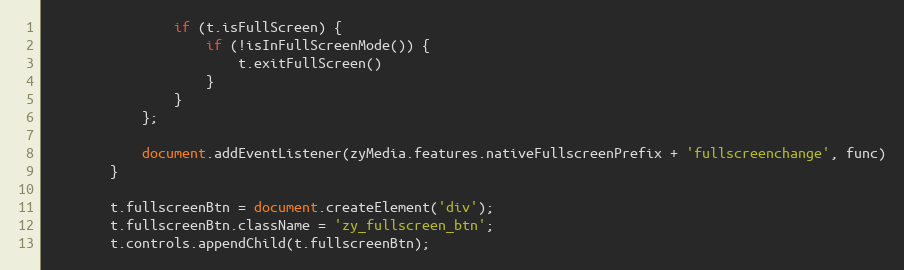
Language: JavaScript
				if (t.isFullScreen) {
					if (!isInFullScreenMode()) {
						t.exitFullScreen()
					}
				}
			};

			document.addEventListener(zyMedia.features.nativeFullscreenPrefix + 'fullscreenchange', func)
		}

		t.fullscreenBtn = document.createElement('div');
		t.fullscreenBtn.className = 'zy_fullscreen_btn';
		t.controls.appendChild(t.fullscreenBtn);